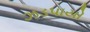
ઝડપાયો